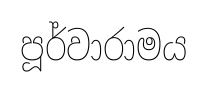
පූර්වාරාමය